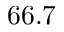
6 6 . 7